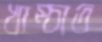
খাম্‌চাত